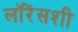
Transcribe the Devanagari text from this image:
लॉरेंसशी